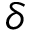
\delta